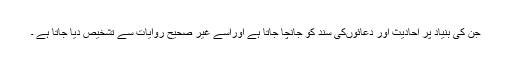
جن کی بنیاد پر احادیث اور دعائوںکی سند کو جانچا جاتا ہے اوراسے غیر صحیح روایات سے تشخیص دیا جاتا ہے ۔